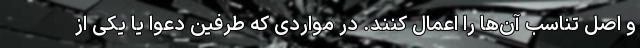
و اصل تناسب آن‌ها را اعمال کنند. در مواردی که طرفین دعوا یا یکی از